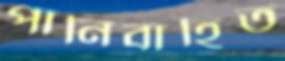
পানিবাহিত